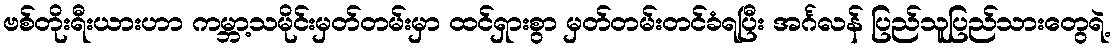
ဗစ်တိုးရီးယားဟာ ကမ္ဘာ့သမိုင်းမှတ်တမ်းမှာ ထင်ရှားစွာ မှတ်တမ်းတင်ခံရပြီး အင်္ဂလန် ပြည်သူပြည်သားတွေရဲ့